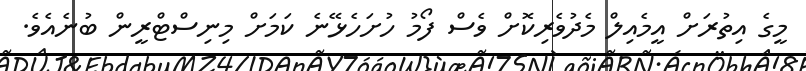
މީގެ އިތުރަށް އީމެއިލް މެދުވެރިކޮށް ވެސް ފޯމު ހުށަހެޅޭނެ ކަަމަށް މިނިސްޓްރީން ބުނެއެވެ.